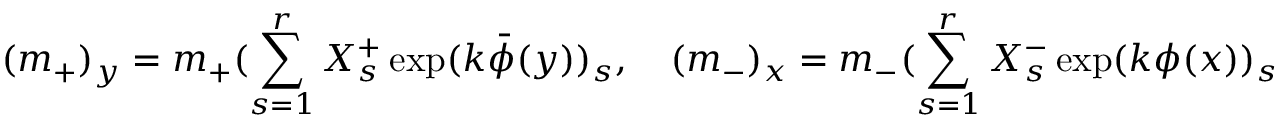
( m _ { + } ) _ { y } = m _ { + } ( \sum _ { s = 1 } ^ { r } X _ { s } ^ { + } \exp ( k \bar { \phi } ( y ) ) _ { s } , \quad ( m _ { - } ) _ { x } = m _ { - } ( \sum _ { s = 1 } ^ { r } X _ { s } ^ { - } \exp ( k \phi ( x ) ) _ { s }